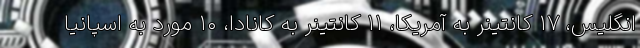
انگلیس، ۱۷ کانتینر به آمریکا، ۱۱ کانتینر به کانادا، ۱۰ مورد به اسپانیا